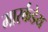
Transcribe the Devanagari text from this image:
मारर्कंडेय